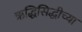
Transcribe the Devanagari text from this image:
ऋद्धिसिद्धीच्या